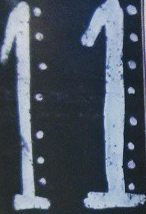
11